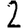
Digit: 2